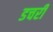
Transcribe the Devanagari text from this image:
डचरी